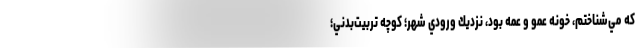
كه مي‌شناختم، خونه عمو و عمه بود، نزديك ورودي شهر؛ كوچه تربيت‌بدني؛